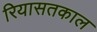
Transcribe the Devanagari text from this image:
रियासतकाल